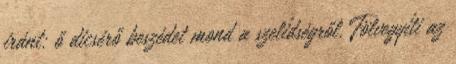
iránt: ő dicsérő beszédet mond a szelídségről. Fölvegyíti az